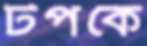
টপকে